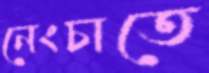
নেংচাতে